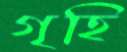
গৃহি